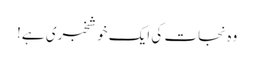
وہ نجات کی ایک خوشخبری ہے!